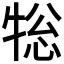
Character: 𭷨